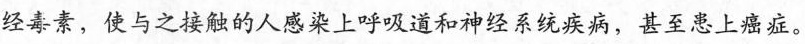
经毒素，使与之接触的人感染上呼吸道和神经系统疾病，甚至患上癌症。